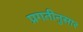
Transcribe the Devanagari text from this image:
प्रगतीनुसार